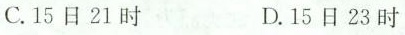
C.15日21时 D.15日23时